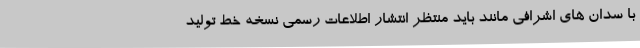
با سدان های اشرافی مانند باید منتظر انتشار اطلاعات رسمی نسخه خط تولید